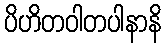
ပိဟိတဝါတပါနာနိ